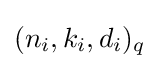
(n_{i},k_{i},d_{i})_{q}